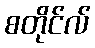
စတိုင်လ်